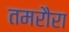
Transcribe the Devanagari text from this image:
तमरौरा